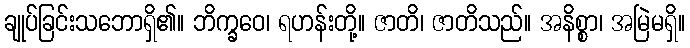
ချုပ်ခြင်းသဘောရှိ၏။ ဘိက္ခဝေ၊ ရဟန်းတို့။ ဇာတိ၊ ဇာတိသည်။ အနိစ္စာ၊ အမြဲမရှိ။